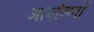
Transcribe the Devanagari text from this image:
आदोलनों